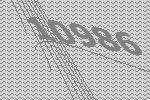
10986